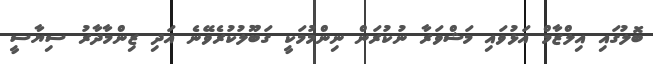
ބޮލުގައި އިލްޒާމް އަޅުވައި މަޝްވަރާ ނުކުރަން ނިންމުމަކީ ގަބޫލުކުރެވޭނެ އަދި ޒިންމާދާރު ސިޔާސީ